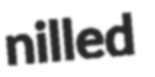
nilled